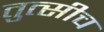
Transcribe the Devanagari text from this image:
तुत्‍सीच